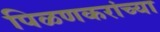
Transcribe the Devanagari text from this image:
पिळणकरांच्या